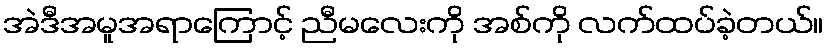
အဲဒီအမူအရာကြောင့် ညီမလေးကို အစ်ကို လက်ထပ်ခဲ့တယ်။